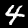
Label: 4